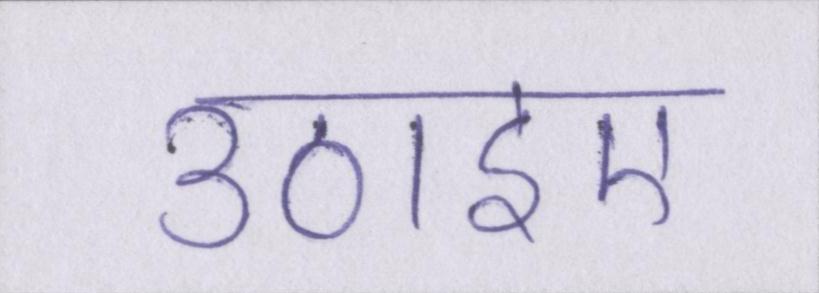
उठाइए